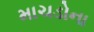
માચડોના